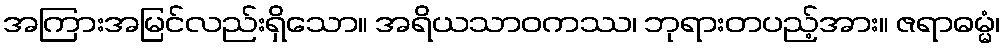
အကြားအမြင်လည်းရှိသော။ အရိယသာဝကဿ၊ ဘုရားတပည့်အား။ ဇရာဓမ္မံ၊